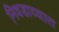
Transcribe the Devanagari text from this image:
निवडाव्यात